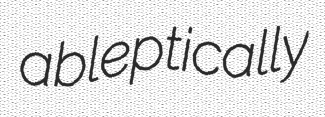
ableptically